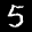
Label: 5